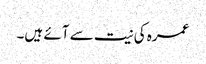
عمرہ کی نیت سے آئے ہیں۔